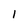
Character: 1